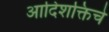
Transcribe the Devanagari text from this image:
आदिशक्तिचे